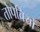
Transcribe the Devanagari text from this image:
तोपचियों